Report on sanitation, dispensaries, and jails in Rajputana for 1920, and on vaccination for the year 1920-1921 - 1920-1921
Year: 1920
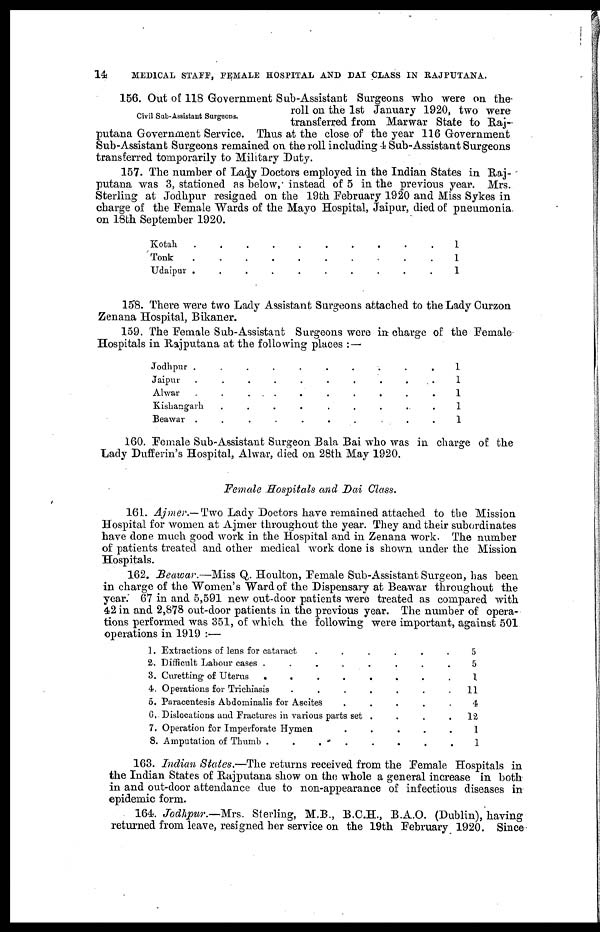
14
MEDICAL STAFF, FEMALE HOSPITAL AND DAI CLASS IN RAJPUTANA.
Civil Sub-Assistant Surgeons.
156. Out of 118 Government Sub-Assistant Surgeons who were on the
roll on the 1st January 1920, two were
transferred from Marwar State to Raj-
putana Government Service. Thus at the close of the year 116 Government
Sub-Assistant Surgeons remained on the roll including 4 Sub-Assistant Surgeons
transferred tomporarily to Military Duty.
157. The number of Lady Doctors employed in the Indian States in Raj-
putana was 3, stationed as below, instead of 5 in the previous year. Mrs.
Sterling at Jodhpur resigned on the 19th February 1920 and Miss Sykes in
charge of the Female Wards of the Mayo Hospital, Jaipur, died of pneumonia
on 18th September 1920.
Kotah
.
.
.
.
.
.
Tonk . . . . .
Udaipur
.
.
.
.
1
1
1
158. There were two Lady Assistant Surgeons attached to the Lady Curzon
Zenana Hospital, Bikaner.
159. The Female Sub-Assistant Surgeons were in charge of the Female
Hospitals in Rajputana at the following places :—
Jodhpur . . . . . . . .
Jaipur
.
.
.
.
.
Alwar
.
.
.
.
.
Kishangarh . . . .
Beawar
.
.
.
.
1
1
1
1
1
160. Female Sub-Assistant Surgeon Bala Bai who was in charge of the
Lady Dufferin's Hospital, Alwar, died on 28th May 1920.
Female Hospitals and Dai Class.
161. Ajmer.— Two Lady Doctors have remained attached to the Mission
Hospital for women at Ajmer throughout the year. They and their subordinates
have done much good work in the Hospital and in Zenana work. The number
of patients treated and other medical work done is shown under the Mission
Hospitals.
162. Beawar.—Miss Q. Houlton, Female Sub-Assistant Surgeon, has been
in charge of the Women's Ward of the Dispensary at Beawar throughout the
year. 67 in and 5,591 new out-door patients were treated as compared with
42 in and 2,878 out-door patients in the previous year. The number of opera-
tions performed was 351, of which the following were important, against 501
operations in 1919 :—
1.
2.
3.
4.
5.
6.
7.
8.
Extractions of lens for cataract
.
.
.
.
Difficult Labour cases . . . . .
Curetting of Uterus . . . . .
Operations for Trichiasis
.
.
.
.
.
Paracentesis Abdominalis for Ascites
.
.
.
.
.
Dislocations and Fractures in various parts set .
Operation for Imperforate Hymen
.
.
.
.
Amputation of Thumb . . . . .
5
5
1
11
4
12
1
1
163. Indian States.—The returns received from the Female Hospitals in
the Indian States of Rajputana show on the whole a general increase in both
in and out-door attendance due to non-appearance of infectious diseases in
epidemic form.
164. Jodhpur.—Mrs. Sterling, M.B., B.C.H., B.A.O. (Dublin), having
returned from leave, resigned her service on the 19th February 1920. Since